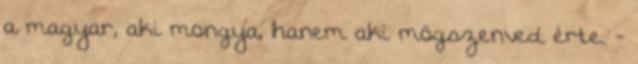
a magyar, aki mongya, hanem aki mögszenved érte. -